NAE_ERA_R-2362_Emakeele_Selts, lk 29
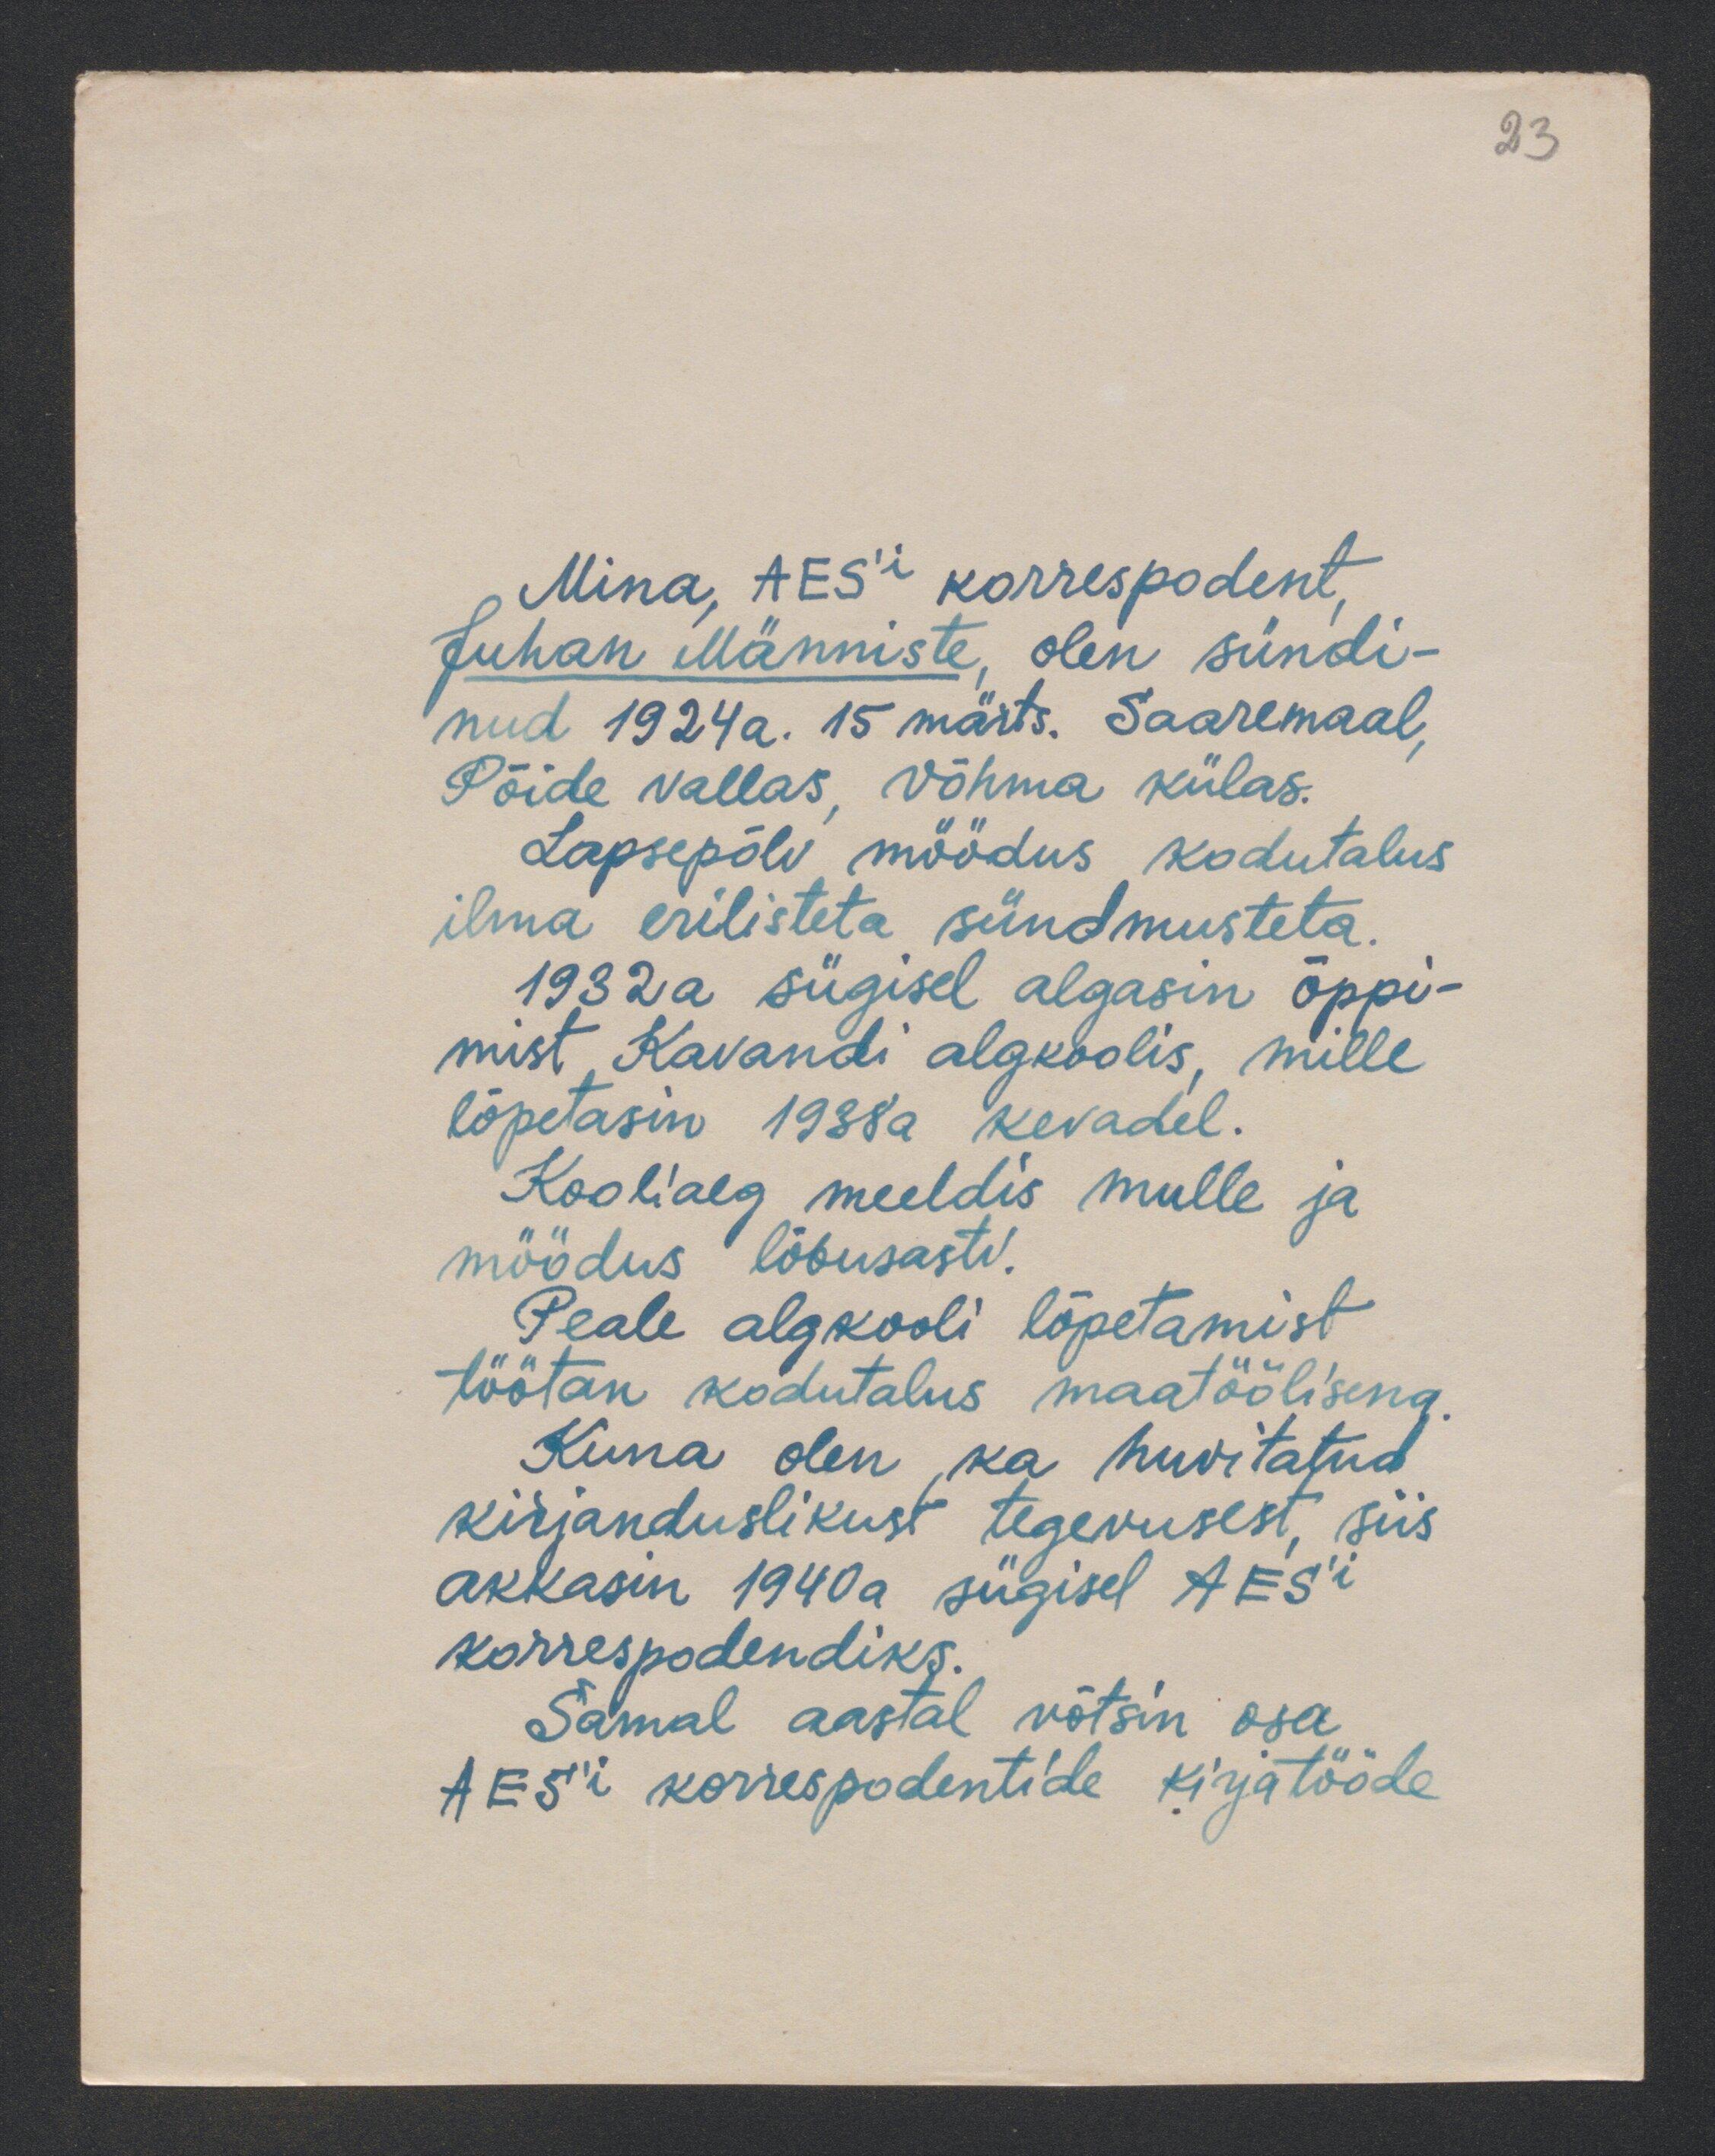
23

Mina, AES'i korrespondent,
Juhan Männiste olin sündi-
nud 1924 a. 15 märts. Saaremaal,
Pöide vallas, Võhma külas.
Lapsepõlv möödus kodutalus
ilma erilisteta sündmusteta.
1932 a sügisel algasin õppi-
mist, Kavandi algkoolis, mille
lõpetasin 1938a kevadel.
Kooliaeg meeldis mulle ja
möödus lõbusasti.
Peale algkooli lõpetamist
töötan kodutalus maatöölisena.
Kuna olen, ka huvitatud
kirjanduslikust tegevusest, siis
akkasin 1940a sügisel AES'i
korrespondiks.
Samal aastal võtsin osa
AES'i korrespondentide kirjatööde